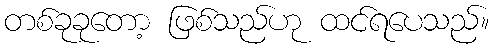
တစ်ခုခုတော့ ဖြစ်သည်ဟု ထင်ရပေသည်။